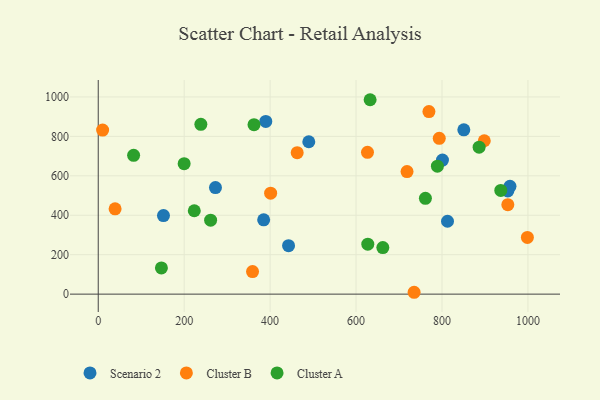
{"axis": {"x": "Distance", "y": "Fuel Efficiency"}, "legend": ["Cluster A", "Cluster B", "Scenario 2"], "data": [{"x": "958.2", "y": 546.8, "type": "Scenario 2"}, {"x": "385.0", "y": 376.6, "type": "Scenario 2"}, {"x": "151.8", "y": 398.2, "type": "Scenario 2"}, {"x": "801.1", "y": 679.6, "type": "Scenario 2"}, {"x": "812.8", "y": 369.5, "type": "Scenario 2"}, {"x": "490.0", "y": 772.7, "type": "Scenario 2"}, {"x": "442.9", "y": 245.5, "type": "Scenario 2"}, {"x": "272.8", "y": 540.2, "type": "Scenario 2"}, {"x": "953.2", "y": 523.2, "type": "Scenario 2"}, {"x": "850.8", "y": 833.5, "type": "Scenario 2"}, {"x": "389.9", "y": 875.7, "type": "Scenario 2"}, {"x": "626.6", "y": 719.2, "type": "Cluster B"}, {"x": "463.0", "y": 717.2, "type": "Cluster B"}, {"x": "898.4", "y": 777.9, "type": "Cluster B"}, {"x": "718.6", "y": 621.3, "type": "Cluster B"}, {"x": "39.2", "y": 432.6, "type": "Cluster B"}, {"x": "953.2", "y": 453.7, "type": "Cluster B"}, {"x": "769.6", "y": 925.7, "type": "Cluster B"}, {"x": "998.7", "y": 287.5, "type": "Cluster B"}, {"x": "359.1", "y": 114.5, "type": "Cluster B"}, {"x": "735.1", "y": 9.4, "type": "Cluster B"}, {"x": "401.2", "y": 511.9, "type": "Cluster B"}, {"x": "793.6", "y": 790.0, "type": "Cluster B"}, {"x": "10.2", "y": 832.1, "type": "Cluster B"}, {"x": "662.3", "y": 236.0, "type": "Cluster A"}, {"x": "761.4", "y": 486.0, "type": "Cluster A"}, {"x": "789.3", "y": 649.0, "type": "Cluster A"}, {"x": "238.8", "y": 861.3, "type": "Cluster A"}, {"x": "627.3", "y": 253.2, "type": "Cluster A"}, {"x": "936.8", "y": 525.9, "type": "Cluster A"}, {"x": "147.0", "y": 133.1, "type": "Cluster A"}, {"x": "362.5", "y": 859.4, "type": "Cluster A"}, {"x": "886.4", "y": 745.2, "type": "Cluster A"}, {"x": "82.3", "y": 703.8, "type": "Cluster A"}, {"x": "261.5", "y": 374.8, "type": "Cluster A"}, {"x": "632.7", "y": 985.9, "type": "Cluster A"}, {"x": "199.9", "y": 661.4, "type": "Cluster A"}, {"x": "223.5", "y": 422.8, "type": "Cluster A"}]}